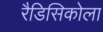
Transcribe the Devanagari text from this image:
रैडिसिकोला